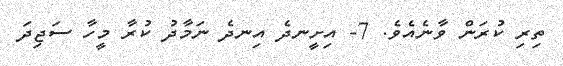
ތިރި ކުރަން ވާނެއެވެ. 7- އިށީނދެ އިނދެ ނަމާދު ކުރާ މީހާ ސަޖިދަ